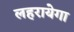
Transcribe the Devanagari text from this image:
लहरायेगा